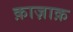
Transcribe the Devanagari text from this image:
क़ाज़ाक़